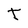
Character: t